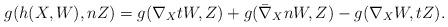
LaTeX: \begin{align*}g(h(X, W), nZ) = g(\nabla_{X}tW, Z)+g(\bar\nabla_{X}nW, Z)-g(\nabla_{X}W, tZ).\end{align*}